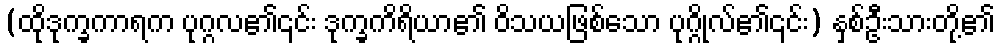
(ထိုဒုက္ခကာရက ပုဂ္ဂလ၏၎င်း ဒုက္ခကိရိယာ၏ ဝိသယဖြစ်သော ပုဂ္ဂိုလ်၏၎င်း) နှစ်ဦးသားတို့၏